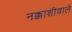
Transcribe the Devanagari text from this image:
नक्काशीवाले